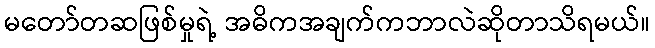
မတော်တဆဖြစ်မှုရဲ့ အဓိကအချက်ကဘာလဲဆိုတာသိရမယ်။